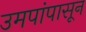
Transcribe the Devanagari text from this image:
उमपांपासून